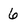
Character: 6